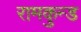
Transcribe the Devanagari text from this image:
रामकुन्ड